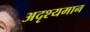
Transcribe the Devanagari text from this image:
अदृश्यमान